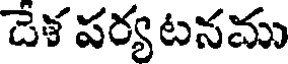
దేళ పర్య టనము